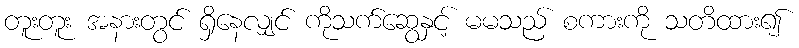
တူးတူး အနားတွင် ရှိနေလျှင် ကိုသက်ဆွေနှင့် မမသည် စကားကို သတိထား၍